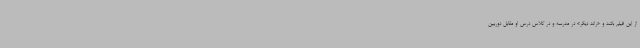
از این فیلم باشد و «راند دیگر» در مدرسه و در کلاس درس او مقابل دوربین